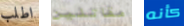
اطلب مقاتلين كأنه